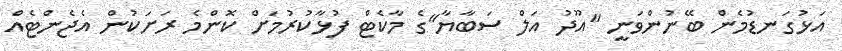
އަޅުގަނޑުމެން ބޭނުންވަނީ "އޫދު އަލް ސަބާޔާ"ގެ މާކެޓް ފުޅާކުރުމަށް ކޮންމެ ރަށަކުން އެޖެންޓެއް